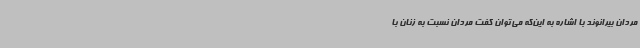
مردان بیرانوند با اشاره به این‌که می‌توان گفت مردان نسبت به زنان با